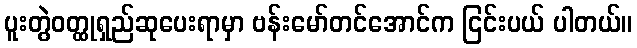
ပူးတွဲဝတ္ထုရှည်ဆုပေးရာမှာ ဗန်းမော်တင်အောင်က ငြင်းပယ် ပါတယ်။